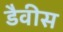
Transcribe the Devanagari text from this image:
डैवीस